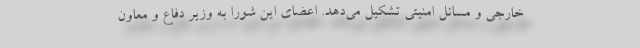
خارجی و مسائل امنیتی تشکیل می‌دهد. اعضای این شورا به وزیر دفاع و معاون